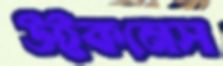
উইকনেস